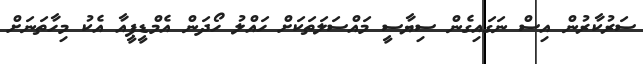
ސަރުކާރުން އިސް ނަގައިގެން ސިޔާސީ މައްސަލަތަކަށް ހައްލު ހޯދަން އެމްޑީޕީއާ އެކު މިހާތަނަށް